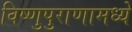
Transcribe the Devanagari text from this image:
विष्णुपुराणामध्ये